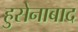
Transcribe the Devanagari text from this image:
हुसेनाबाद